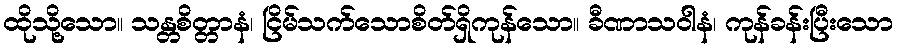
ထိုသို့သော။ သန္တစိတ္တာနံ၊ ငြိမ်သက်သောစိတ်ရှိကုန်သော။ ခီဏာသဝါနံ၊ ကုန်ခန်းပြီးသော